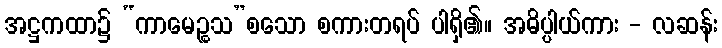
အဋ္ဌကထာ၌ “ကာမေဉ္စသ”စသော စကားတရပ် ပါရှိ၏။ အဓိပ္ပါယ်ကား - လဆန်း